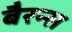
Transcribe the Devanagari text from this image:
बैरन्स